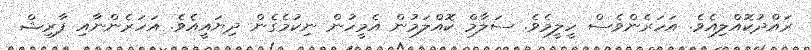
ރައްދުކޮއްލިއެވެ. އަހަރެންވެސް ހީލީމެވެ. ސަލާމް ކޮއްލަމުން އެމީހުން ނިކުމެގެން ދިޔައީއެވެ. އަހަރެންނާއި ފާރިޝް